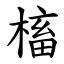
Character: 槒